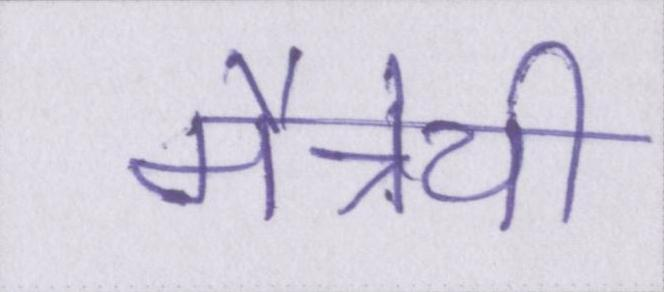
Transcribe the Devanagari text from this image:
मैत्रेयी